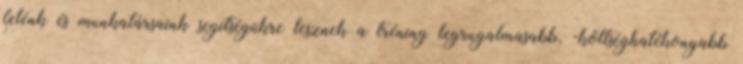
felénk és munkatársaink segítségükre lesznek a tréning legrugalmasabb, -költséghatékonyabb